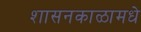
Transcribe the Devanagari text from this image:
शासनकाळामधे